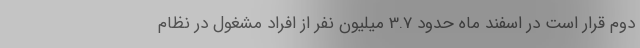
دوم قرار است در اسفند ماه حدود 3.7 میلیون نفر از افراد مشغول در نظام